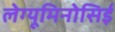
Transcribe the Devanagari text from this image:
लेग्यूमिनोसिई